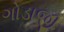
ગોડાજી